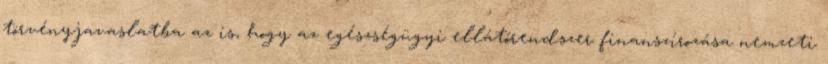
törvényjavaslatba az is, hogy az egészségügyi ellátórendszer finanszírozása nemzeti